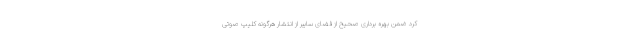
کرد ضمن بهره برداری صحیح از فضای سایبر از انتشار هرگونه کلیپ صوتی